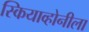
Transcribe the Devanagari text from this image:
स्कियाव्होनीला